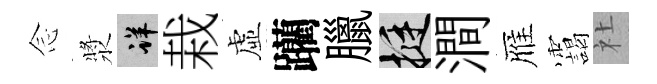
𫝹漿详栽虛躪臘挺澗雁靄社